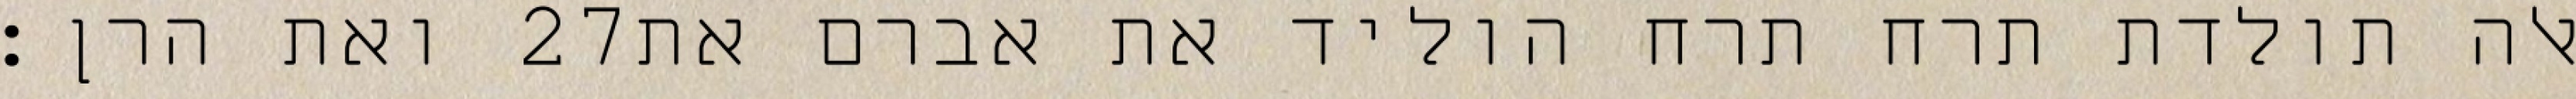
ואת הרן׃ ‎27‏ אלה תולדת תרח תרח הוליד את אברם את